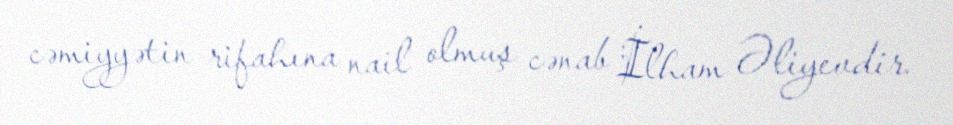
cəmiyyətin rifahına nail olmuş cənab İlham Əliyevdir.